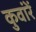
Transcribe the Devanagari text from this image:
कुवांरें